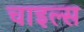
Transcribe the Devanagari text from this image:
चाइल्स